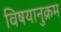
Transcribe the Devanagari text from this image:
विषयानुक्रम